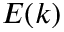
E ( k )